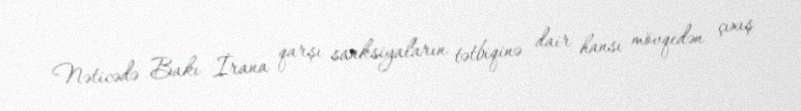
Nəticədə Bakı İrana qarşı sanksiyaların tətbiqinə dair hansı mövqedən çıxış